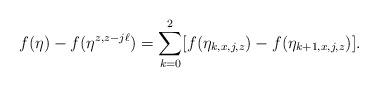
LaTeX: \begin{align*}f(\eta) - f(\eta^{z, z-j \ell}) = \sum_{k=0}^2 [f(\eta_{k,x,j,z}) - f(\eta_{k+1,x,j,z}) ].\end{align*}